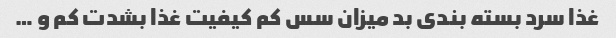
غذا سرد بسته بندی بد میزان سس کم کیفیت غذا بشدت کم و …